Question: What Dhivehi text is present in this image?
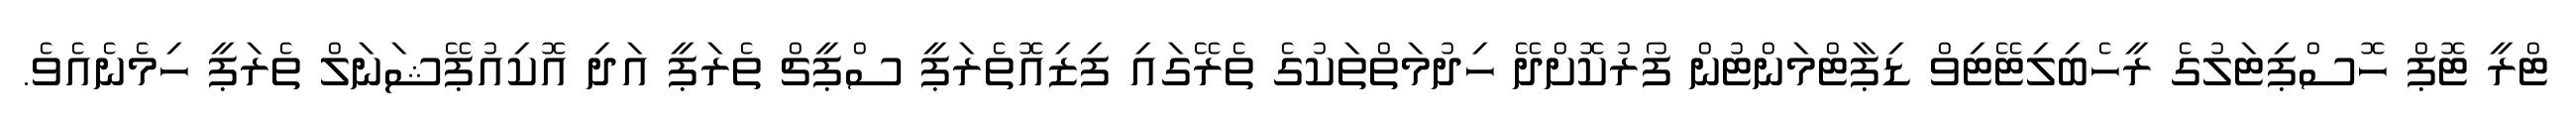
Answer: ޓްރީ ޓޮޕް ހޮސްޕިޓަލުގެ ރީހެބިލިޓޭޓިވް ޑިޕާޓްމަންޓުން ފޯރުކޮށްދޭ ހިދުމަތްތަކުގެ ތެރޭގައި ފިޒިއޮތެރަޕީ ސްޕީޗް ތެރަޕީ އަދި އޮކިއުޕޭޝަނަލް ތެރަޕީ ހިމެނެއެވެ.